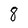
Character: 8